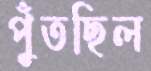
পুঁতছিল